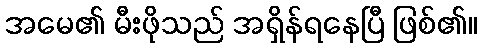
အမေ၏ မီးဖိုသည် အရှိန်ရနေပြီ ဖြစ်၏။